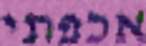
אכפתי